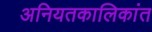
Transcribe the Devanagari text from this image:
अनियतकालिकांत